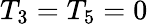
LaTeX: T_{3}=T_{5}=0